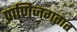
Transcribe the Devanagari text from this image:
प्राणिजगतात